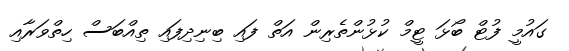
ގައުމީ ފުޓް ބޯޅަ ޓީމް ކުޅުންތެރިން އަތް ފައި ބިނިދިފައި ތިއްބަސް ހިތްވަރާއި